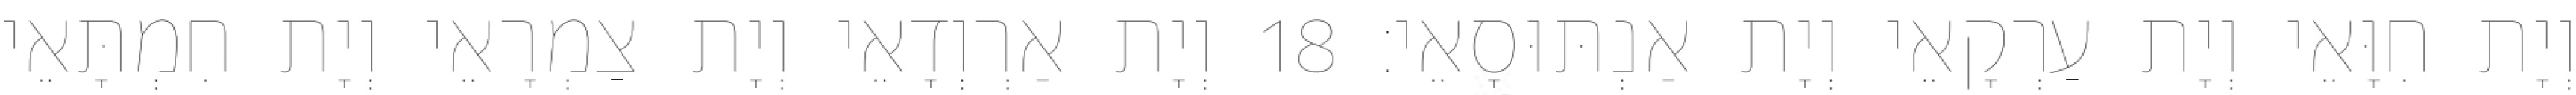
וְיָת חִוָּאֵי וְיָת עַרְקָאֵי וְיָת אַנְתּוּסָאֵי׃ 18 וְיָת אַרְוְדָאֵי וְיָת צַמְרָאֵי וְיָת חִמְתָּאֵי